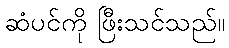
ဆံပင်ကို ဖြီးသင်သည်။